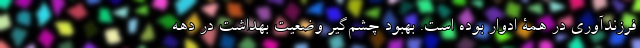
فرزند‌آوری در همۀ ادوار بوده است. بهبود چشم‌گیر وضعیت بهداشت در دهه